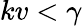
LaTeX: kv<\gamma